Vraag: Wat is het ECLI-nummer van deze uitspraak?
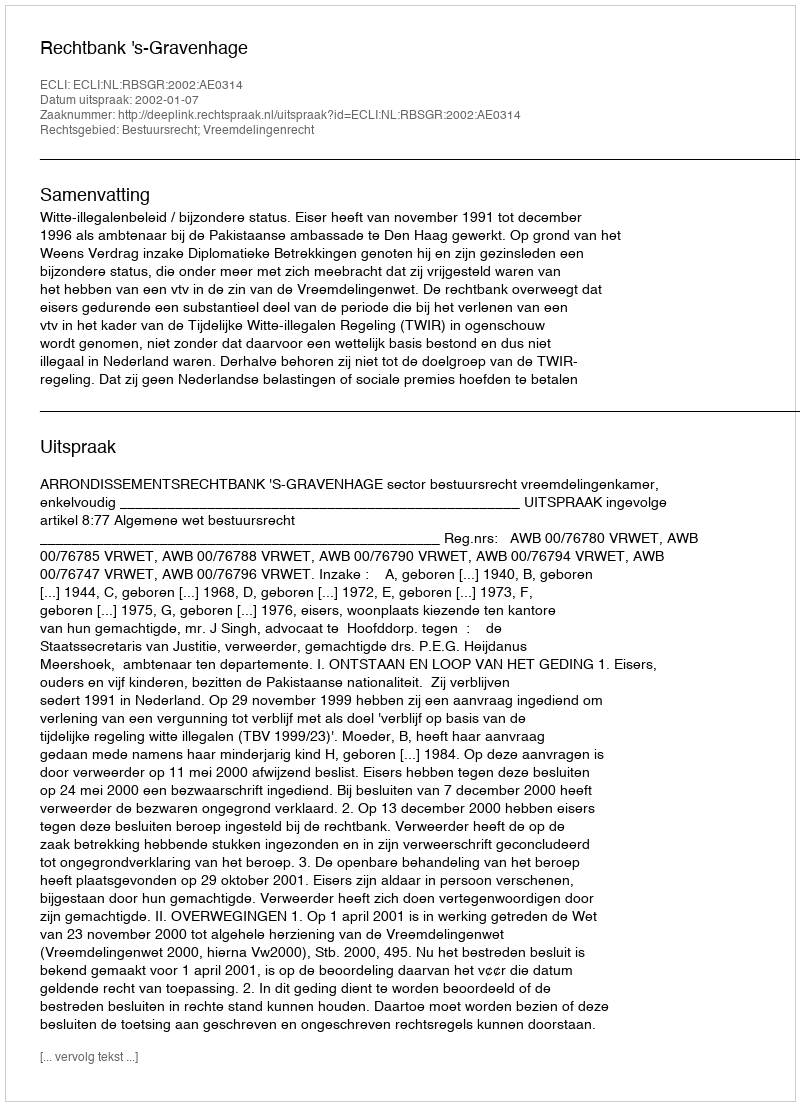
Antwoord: ECLI:NL:RBSGR:2002:AE0314